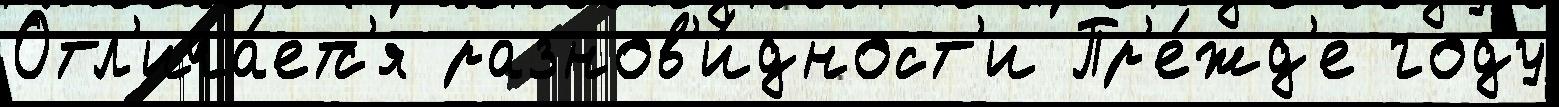
Отл'ича́етс'я разнов'и́дност'и Пр'е́жд'е году